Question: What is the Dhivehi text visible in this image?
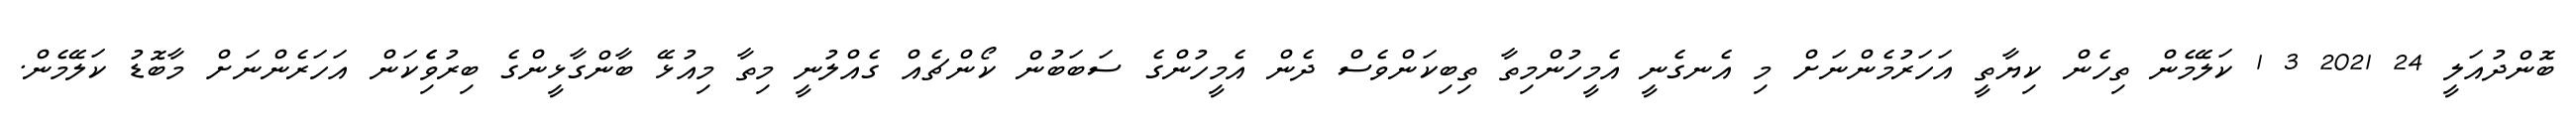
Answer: ބޮންދުއަލީ 24 2021 3 1 ކަލޭމެން ތިހެން ކިޔާތީ އަހަރުމެންނަށް މި އެނގެނީ އެމީހުންމިތާ ތިބިކަންވެސް ދެން އެމީހުންގެ ސަބަބުން ކޯންޗެއް ގެއްލުނީ މިތާ މިއުޅޭ ބާންގާޅީންގެ ބިރުވެެިކަން އަހަރެންނަށް މާބޮޑު ކަލޭމެން.